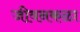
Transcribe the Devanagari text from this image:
जीवनकळा